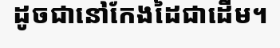
ដូចជានៅកែងដៃជាដើម។